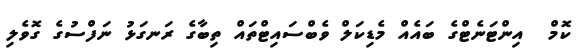
ކޮމް  އިންޓަނެޓްގެ ބައެއް މެޑިކަލް ވެބްސައިޓްތައް ތިބާގެ ރަނގަޅު ނަފްސުގެ ގޮވެލި